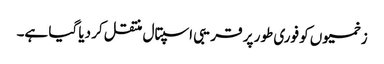
زخمیوں کو فوری طور پر قریبی اسپتال منتقل کر دیا گیا ہے۔